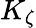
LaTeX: K_{\zeta}